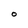
Character: O